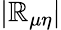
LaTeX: |\mathbb{R}_{\mu\eta}|